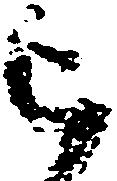
被